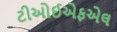
ટીઓઈએફએલ